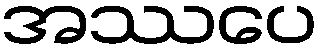
အဿပေ